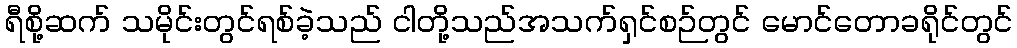
ရီစို့ဆက် သမိုင်းတွင်ရစ်ခဲ့သည် ငါတို့သည်အသက်ရှင်စဉ်တွင် မောင်တောခရိုင်တွင်